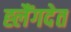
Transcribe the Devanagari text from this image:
ह्लैंगदेत